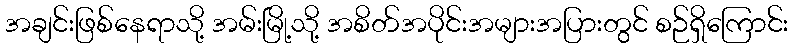
အချင်းဖြစ်နေရာသို့ အမ်းမြို့သို့ အစိတ်အပိုင်းအများအပြားတွင် စဉ်ရှိကြောင်း